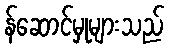
န်ဆောင်မှုများသည်